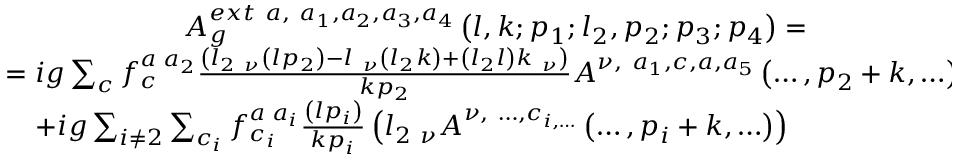
\begin{array} { c } { { A _ { g } ^ { e x t \ a , \ a _ { 1 } , a _ { 2 } , a _ { 3 } , a _ { 4 } } \left( l , k ; p _ { 1 } ; l _ { 2 } , p _ { 2 } ; p _ { 3 } ; p _ { 4 } \right) = } } \\ { { = i g \sum _ { c } f _ { c } ^ { a \; a _ { 2 } } \frac { \left( l _ { 2 \ \nu } \left( l p _ { 2 } \right) - l _ { \ \nu } \left( l _ { 2 } k \right) + \left( l _ { 2 } l \right) k _ { \ \nu } \right) } { k p _ { 2 } } A ^ { \nu , \ a _ { 1 } , c , a , a _ { 5 } } \left( \ldots , p _ { 2 } + k , \ldots \right) + } } \\ { { + i g \sum _ { i \neq 2 } \sum _ { c _ { i } } f _ { c _ { i } } ^ { a \; a _ { i } } \frac { \left( l p _ { i } \right) } { k p _ { i } } \left( l _ { 2 \ \nu } A ^ { \nu , \ \ldots , c _ { i , \ldots } } \left( \ldots , p _ { i } + k , \ldots \right) \right) \qquad \qquad \qquad } } \end{array}